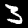
Digit: 3